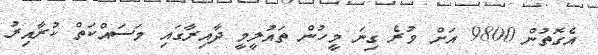
އެގޮތުން 9800 އަށް ވުރެ ގިނަ މީހުން ތައުލީމީ ދާއިރާގައި މަސައްކަތް ކުރާއިރު